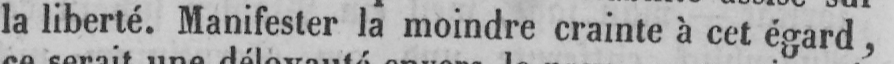
la liberté. Manifester la moindre crainte à cet égard,